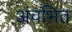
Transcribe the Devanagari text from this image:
अंचभित